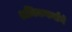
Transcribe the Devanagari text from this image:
श्रमिकवर्गाने